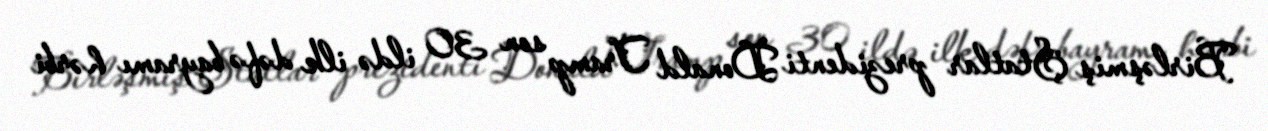
Birləşmiş Ştatlar prezidenti Donald Tramp son 30 ildə ilk dəfə bayramı hərbi